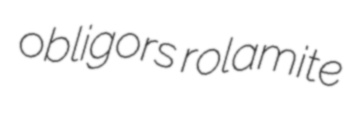
obligors rolamite